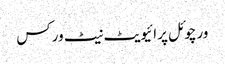
ورچوئل پرائیویٹ نیٹ ورکس